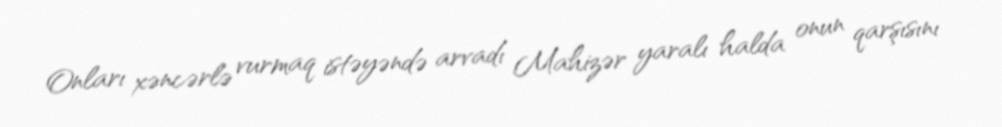
Onları xəncərlə vurmaq istəyəndə arvadı Mahizər yaralı halda onun qarşısını